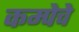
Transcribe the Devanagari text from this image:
कम्पेचे